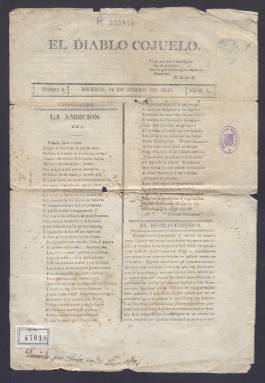
Título: El Diablo Cojuelo (México)
Colección: Periódicos anteriores a 1850
Ámbito geográfico: México
Lugar de publicación: México
Fechas: 12/01/1843-10/06/1843